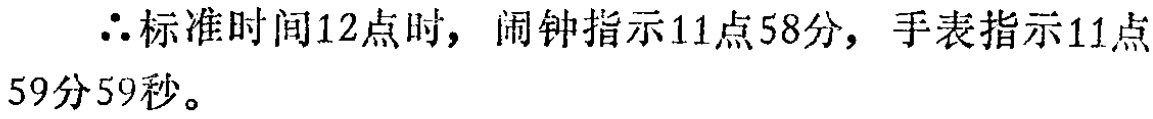
$\therefore$标准时间12点时，闹钟指示11点58分，手表指示11点59分59秒。